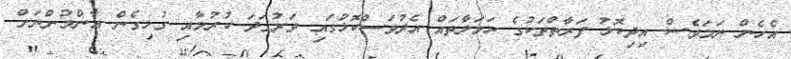
އެހެން ނަމަވެސް އިދިކޮޅު ފަރާތްތަކުގެ ހަމަލާތައް އެދުވަސްކޮޅުގައި ވަރުގަދަ ކުރުމާއި ގުޅިގެން އާންމުންނަށް